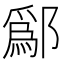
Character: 鄬